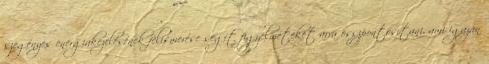
szegényes energiakezelésének felismerése segít figyelmeteket arra összpontosítani, ami igazán